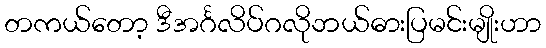
တကယ်တော့ ဒီအင်္ဂလိပ်ဂလိုဘယ်ဓားပြမင်းမျိုးဟာ